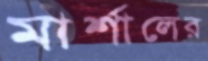
মার্শালের